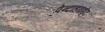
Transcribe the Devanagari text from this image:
पेन्टाहाइड्रेट